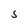
Character: S